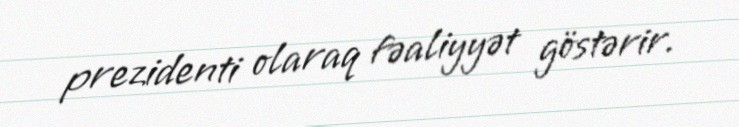
prezidenti olaraq fəaliyyət göstərir.